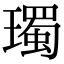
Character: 㻿